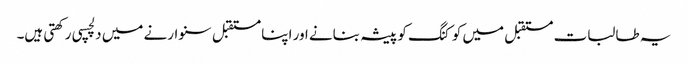
یہ طالبات مستقبل میں کوکنگ کو پیشہ بنانے اور اپنا مستقبل سنوارنے میں دلچسپی رکھتی ہیں۔